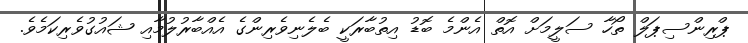
ޕްރިންސިޕަލް ތޯހާ ސަލީމަށް އޮތް އެންމެ ބޮޑު އިތުބާރަކީ ބެލެނިވެރިންގެ އެއްބާރުލުމާއި ޝައުގުވެރިކަމެވެ.